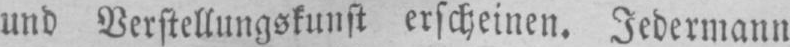
und Verstellungskunst erscheinen. Jedermann